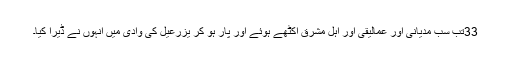
33تب سب مِدیانی اور عمالِیقی اور اہِل مشرِق اِکٹّھے ہُوئے اور پار ہو کر یِزرعیل کی وادی میں اُنہوں نے ڈیرا کِیا۔